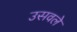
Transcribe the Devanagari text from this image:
उसवले